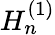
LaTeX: H_{n}^{(1)}